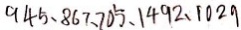
9 4 5 、 8 6 7 、 7 0 5 、 1 4 9 2 、 1 0 2 9